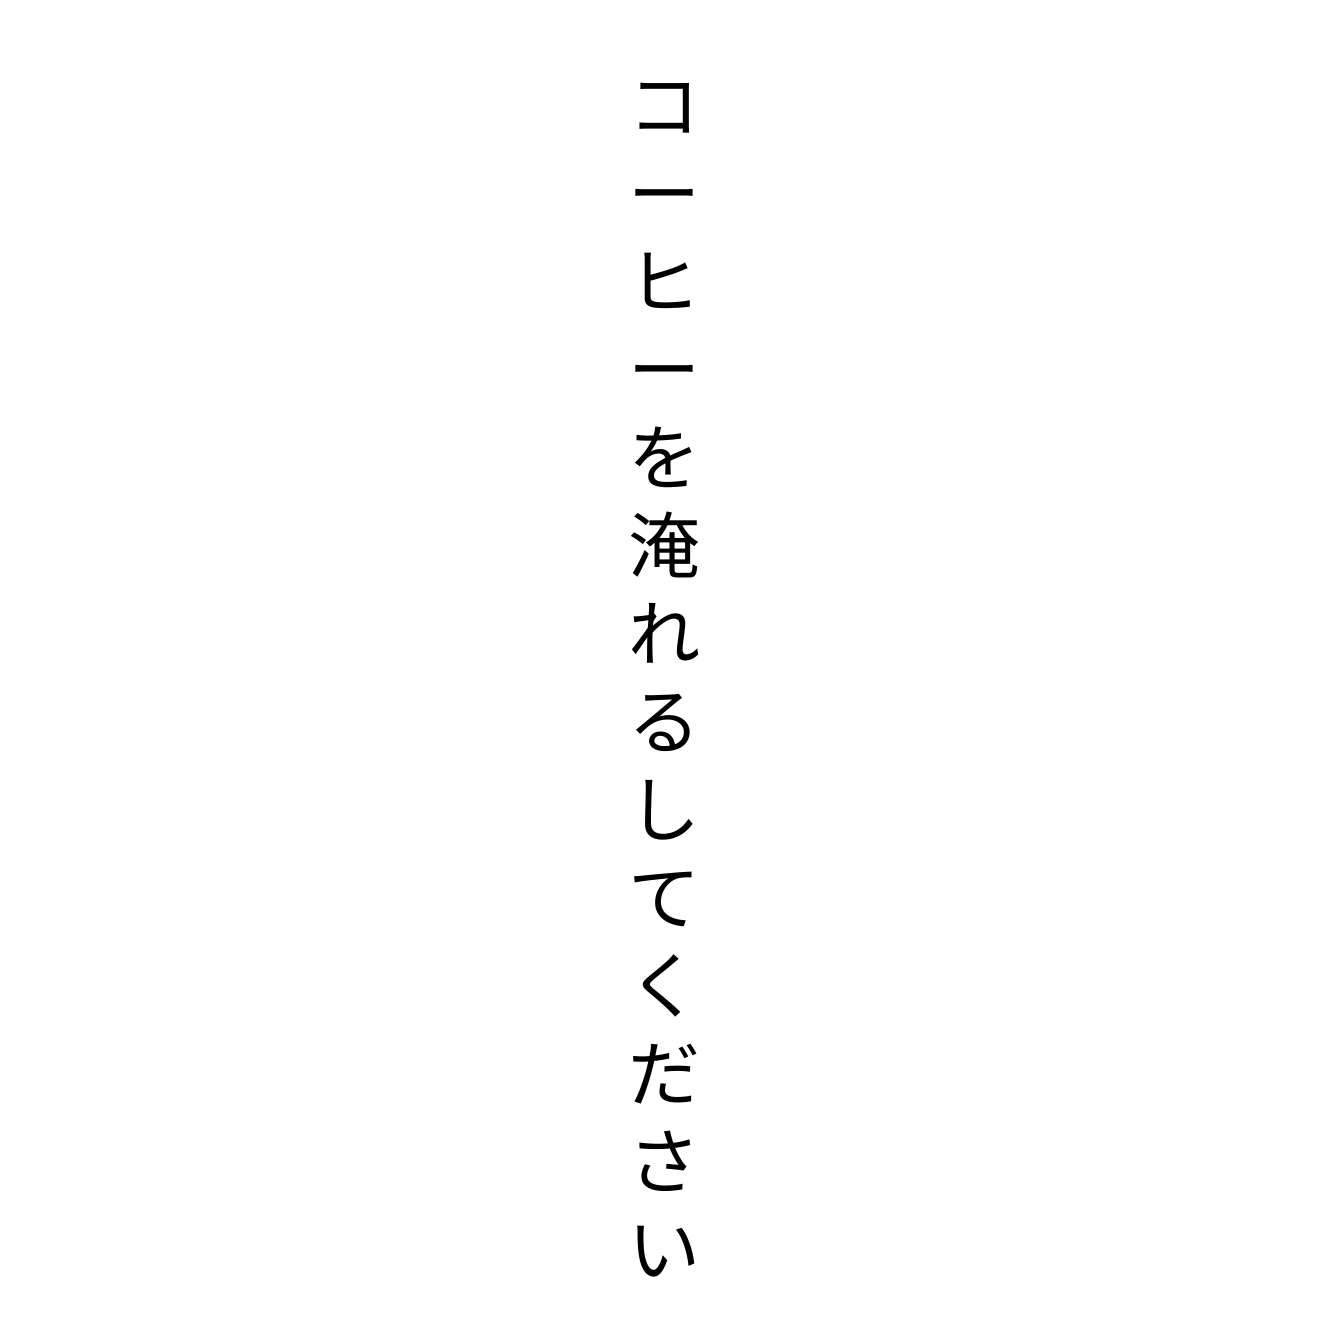
コーヒーを淹れるしてください